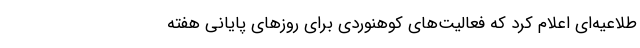
طلاعیه‌ای اعلام کرد که فعالیت‌های کوهنوردی برای روزهای پایانی هفته